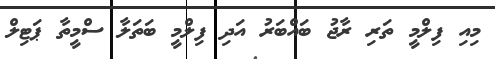
މިއި ފިލްމީ ތަރި ރާޖު ބައްބަރު އަދި ފިލްމީ ބަތަލާ ސްމީތާ ޕަޓިލް